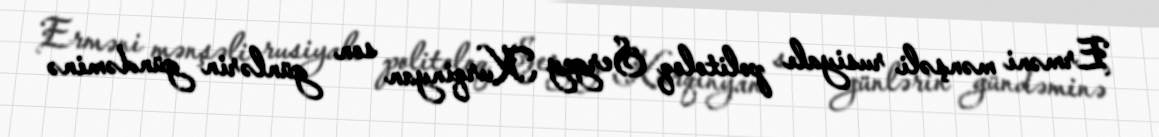
Erməni mənşəli rusiyalı politoloq Sergey Kurqinyan son günlərin gündəminə